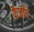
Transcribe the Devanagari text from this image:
फैजीने